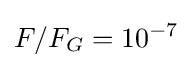
F/F_{G}=10^{-7}